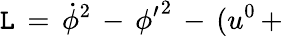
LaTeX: {\cal\mathtt{L}}\, =\, \dot{{\phi}}^{2}\, -\, {\phi^{\prime}}^{2}\, -\, (u^{0}\, +